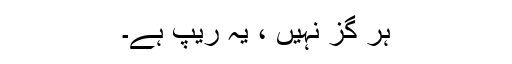
ہر گز نہیں ، یہ ریپ ہے۔